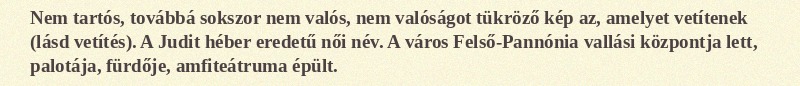
Nem tartós, továbbá sokszor nem valós, nem valóságot tükröző kép az, amelyet vetítenek (lásd vetítés). A Judit héber eredetű női név. A város Felső-Pannónia vallási központja lett, palotája, fürdője, amfiteátruma épült.